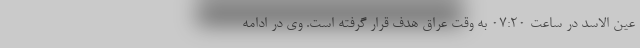
عین الاسد در ساعت ۰۷:۲۰ به وقت عراق هدف قرار گرفته است. وی در ادامه